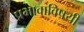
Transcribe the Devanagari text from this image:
प्रभावाविषयी